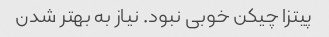
پیتزا چیکن خوبی نبود. نیاز به بهتر شدن